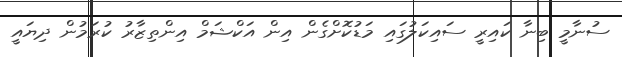
ސުނާމީ ބިނާ ކައިރީ ސައިކަލުގައި މަޑުކޮށްގެން އިން އަކްޝަމް އިންތިޒާރު ކުރަމުން ދިޔައީ